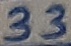
Text: 33